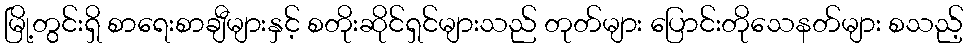
မြို့တွင်းရှိ စာရေးစာချီများနှင့် စတိုးဆိုင်ရှင်များသည် တုတ်များ ပြောင်းတိုသေနတ်များ စသည့်